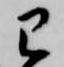
已